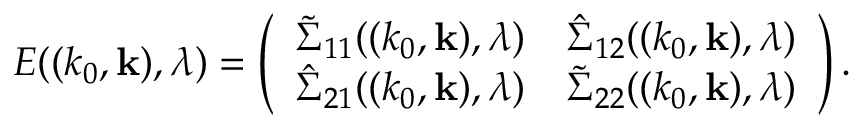
{ \cal E } ( ( k _ { 0 } , { \bf k } ) , \lambda ) = \left( \begin{array} { l l } { \tilde { \Sigma } _ { 1 1 } ( ( k _ { 0 } , { \bf k } ) , \lambda ) } & { \hat { \Sigma } _ { 1 2 } ( ( k _ { 0 } , { \bf k } ) , \lambda ) } \\ { \hat { \Sigma } _ { 2 1 } ( ( k _ { 0 } , { \bf k } ) , \lambda ) } & { \tilde { \Sigma } _ { 2 2 } ( ( k _ { 0 } , { \bf k } ) , \lambda ) } \end{array} \right) .